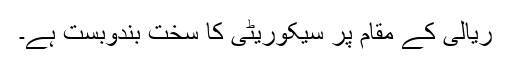
ریالی کے مقام پر سیکوریٹی کا سخت بندوبست ہے۔